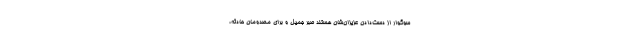
سوگوار از دست‌دادن عزیزان‌شان هستند صبر جمیل و برای مصدومان حادثه،